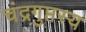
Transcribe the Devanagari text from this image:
चंद्रगुप्तस्य